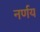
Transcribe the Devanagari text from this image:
नर्णय